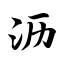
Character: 沥